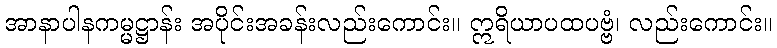
အာနာပါနကမ္မဋ္ဌာန်း အပိုင်းအခန်းလည်းကောင်း။ ဣရိယာပထပဗ္ဗံ၊ လည်းကောင်း။